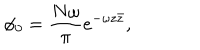
\phi _ { 0 } = { \frac { N \omega } { \pi } } e ^ { - \omega z \bar { z } } ,